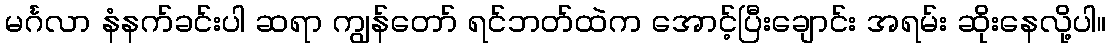
မင်္ဂလာ နံနက်ခင်းပါ ဆရာ ကျွန်တော် ရင်ဘတ်ထဲက အောင့်ပြီးချောင်း အရမ်း ဆိုးနေလို့ပါ။